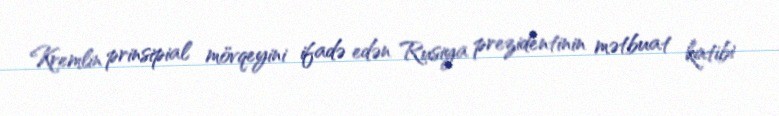
Kremlin prinsipial mövqeyini ifadə edən Rusiya prezidentinin mətbuat katibi